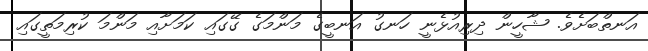
އަނތްބަށެވެ. ޝާހީން ދިރިއުޅެނީ ހަނގު އަނބީގެ މަންމަގެ ގޭގައި ކަމަށާއި މަންމަ ކުރިމަތީގައި